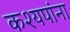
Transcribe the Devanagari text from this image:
कश्यपांना